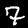
Digit: 7